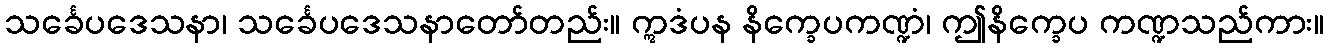
သင်္ခေပဒေသနာ၊ သင်္ခေပဒေသနာတော်တည်း။ ဣဒံပန နိက္ခေပကဏ္ဍံ၊ ဤနိက္ခေပ ကဏ္ဍသည်ကား။